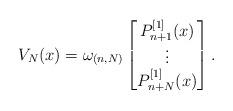
LaTeX: \begin{align*}V_N(x)=\omega_{(n,N)}\begin{bmatrix}P^{[1]}_{n+1}(x)\\\vdots\\P^{[1]}_{n+N}(x)\end{bmatrix}.\end{align*}